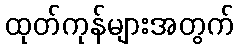
ထုတ်ကုန်များအတွက်